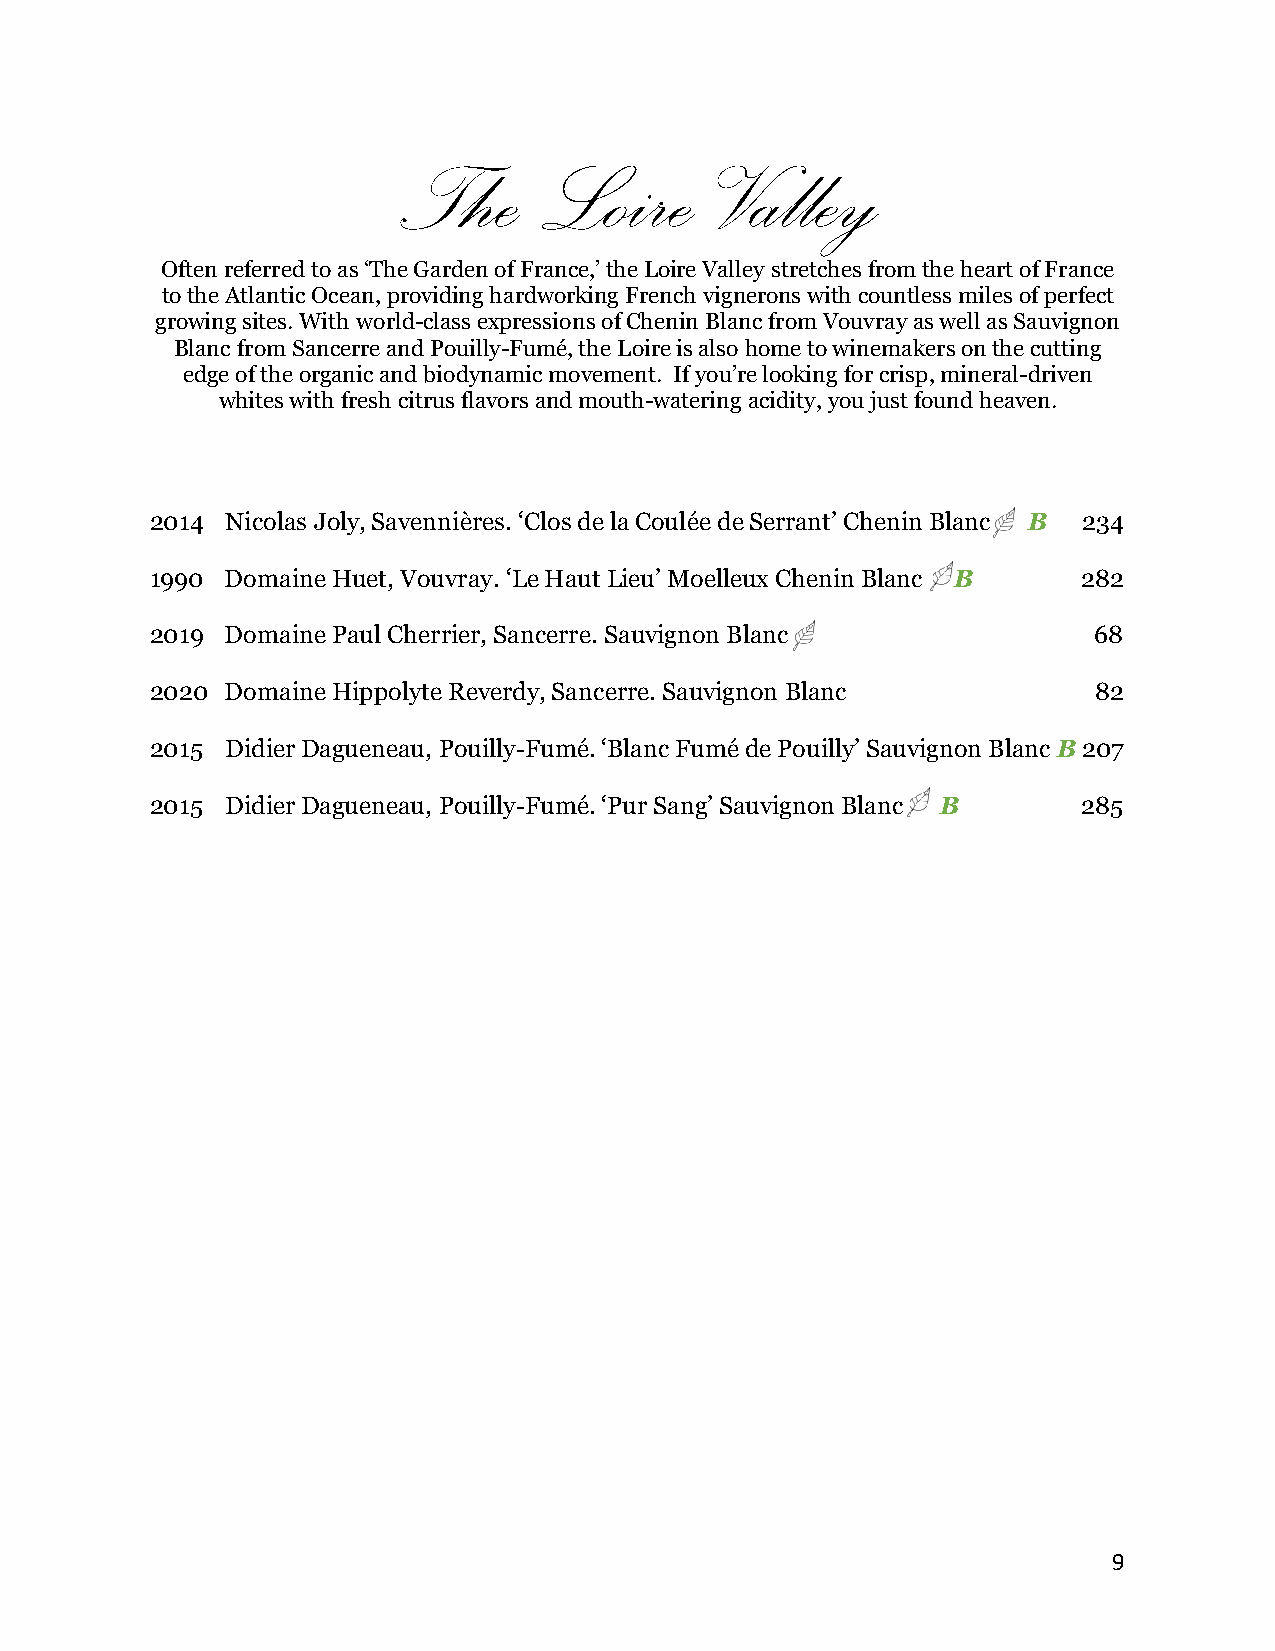
The       Loire      Valley
 Often referred to as ‘The Garden of France,’ the Loire Valley stretches from the heart of France
 to the Atlantic Ocean, providing hardworking French vignerons with countless miles of perfect
 growing sites. With world-class expressions of Chenin Blanc from Vouvray as well as Sauvignon
 Blanc from Sancerre and Pouilly-Fumé, the Loire is also home to winemakers on the cutting
 edge of the organic and biodynamic movement. If you’re looking for crisp, mineral-driven
 whites with fresh citrus flavors and mouth-watering acidity, you just found heaven.
 2014 Nicolas Joly, Savennières. ‘Clos de la Coulée de Serrant’ Chenin Blanc B 234
 1990 Domaine Huet, Vouvray. ‘Le Haut Lieu’ Moelleux Chenin Blanc B 282
 2019 Domaine Paul Cherrier, Sancerre. Sauvignon Blanc         68
 2020 Domaine Hippolyte Reverdy, Sancerre. Sauvignon Blanc     82
 2015 Didier Dagueneau, Pouilly-Fumé. ‘Blanc Fumé de Pouilly’ Sauvignon Blanc B 207
 2015 Didier Dagueneau, Pouilly-Fumé. ‘Pur Sang’ Sauvignon Blanc B 285
 9